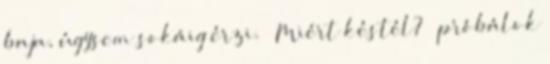
baja, úgysem sokáig érzi. – Miért késtél? – próbálok